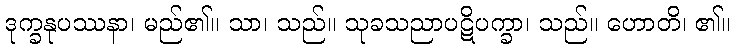
ဒုက္ခနုပဿနာ၊ မည်၏။ သာ၊ သည်။ သုခသညာပဋိပက္ခာ၊ သည်။ ဟောတိ၊ ၏။